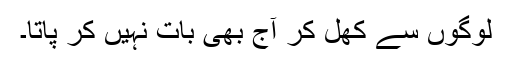
لوگوں سے کھل کر آج بھی بات نہیں کر پاتا۔